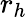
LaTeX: r_{h}